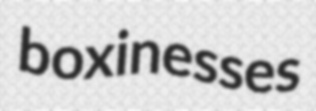
boxinesses